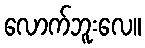
လောက်ဘူးလေ။